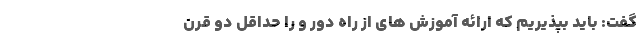
گفت: باید بپذیریم که ارائه آموزش های از راه دور و را حداقل دو قرن